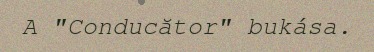
A "Conducător" bukása.